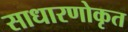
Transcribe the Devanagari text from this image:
साधारणोकृत